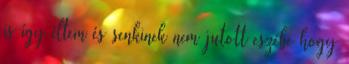
is így éltem és senkinek nem jutott eszébe hogy